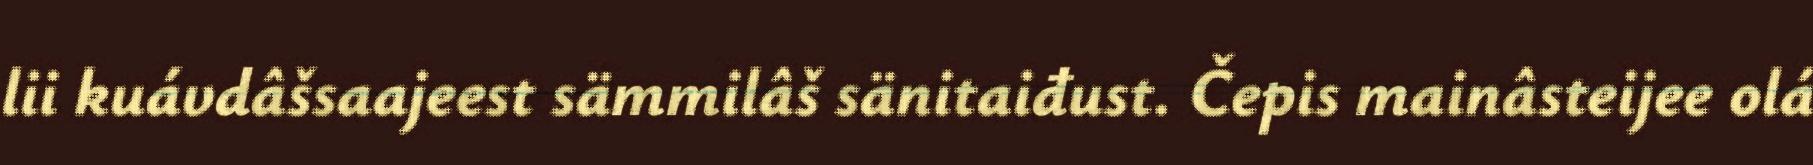
lii kuávdâšsaajeest sämmilâš sänitaiđust. Čepis mainâsteijee olá